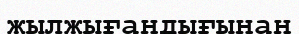
жылжығандығынан